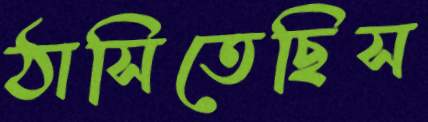
ঠাসিতেছিস